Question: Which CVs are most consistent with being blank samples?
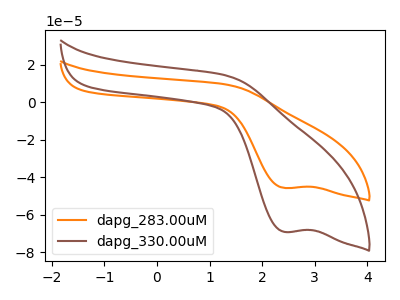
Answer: <think>The orange curve "dapg_283.00uM" has a cathodic peak at: (2.40V, -45.70uA). The brown curve "dapg_330.00uM" has a cathodic peak at: (2.40V, -69.05uA).</think>
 <answer>There are not any CV's on this graph that are likely to be blanks.</answer>
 <eval>none</eval>